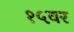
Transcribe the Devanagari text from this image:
१५वर